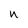
Character: n